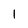
Character: 1